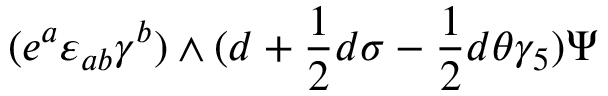
( e ^ { a } \varepsilon _ { a b } \gamma ^ { b } ) \wedge ( d + { \frac { 1 } { 2 } } d \sigma - { \frac { 1 } { 2 } } d \theta \gamma _ { 5 } ) \Psi